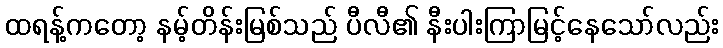
ထရန့်ကတော့ နမ့်တိန်းမြစ်သည် ပီလီ၏ နီးပါးကြာမြင့်နေသော်လည်း